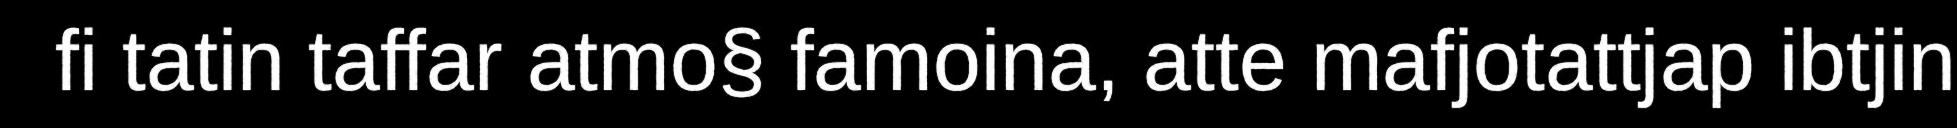
fi tatin taffar atmo§ famoina, atte mafjotattjap ibtjin